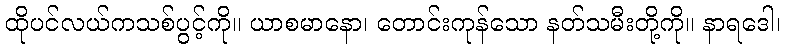
ထိုပင်လယ်ကသစ်ပွင့်ကို။ ယာစမာနော၊ တောင်းကုန်သော နတ်သမီးတို့ကို။ နာရဒေါ၊